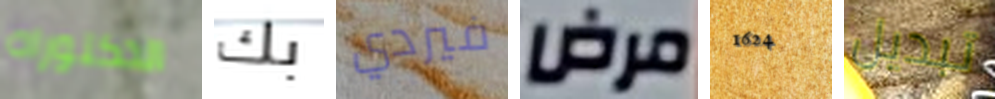
الدكتوراه بك فيردي مرض 1624 تبديل